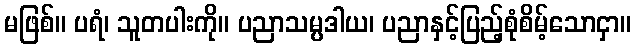
မဖြစ်။ ပရံ၊ သူတပါးကို။ ပညာသမ္ပဒါယ၊ ပညာနှင့်ပြည့်စုံစိမ့်သောငှာ။